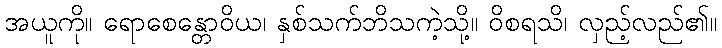
အယူကို။ ရောစေန္တောဝိယ၊ နှစ်သက်ဘိသကဲ့သို့။ ဝိစရသိ၊ လှည့်လည်၏။